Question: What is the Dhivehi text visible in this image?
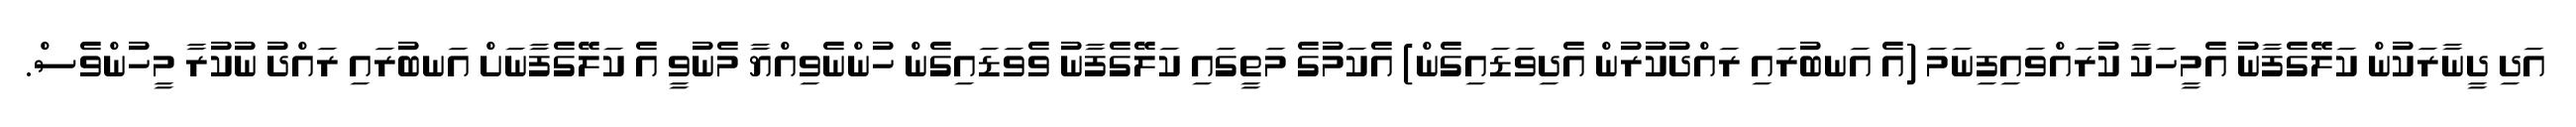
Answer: އަދި ދީނާރަކުން ކަލޭގެފާނު އެމީހަކާ ކުރައްވައިފިނަމަ (އެ އަނބުރައި ރައްދުކުރުން އެދިވަޑައިގެން) އެކަމުގެ މަތީގައި ކަލޭގެފާނު ވެވަޑައިގެން ހުންނެވިއްޔާ މެނުވީ އެ ކަލޭގެފާނަށް އަނބުރައި ރައްދު ނުކުރާ މީހުންވެސް.